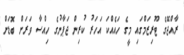
ރާއްޖޭގެ ޓޫރިޒަމްގައި މީގެ ހައެއްކަ އަހަރު ކުރިން ޖަޕާނުގެ ހިއްސާ ވަރަށް ބޮޑަށް